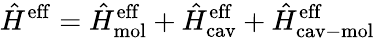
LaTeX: \hat{H}^{\mathrm{eff}}=\hat{H}_{\mathrm{mol}}^{\mathrm{eff}}+\hat{H}_{\mathrm{cav}}^{\mathrm{eff}}+\hat{H}_{\mathrm{cav-mol}}^{\mathrm{eff}}